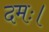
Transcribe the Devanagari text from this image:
दमः।